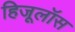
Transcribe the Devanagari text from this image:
हिजूलॉस